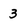
Character: 3